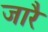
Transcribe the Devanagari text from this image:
जारै